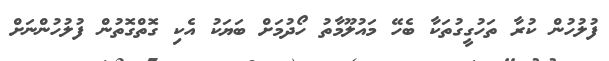
ފުލުހުން ކުރާ ތަހުގީގުތަކާ ބެހޭ މައުލޫމާތު ހޯދުމަށް ބަޔަކު އެކި ގޮތްގޮތުން ފުލުހުންނަށް